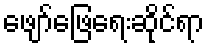
ဖျော်ဖြေရေးဆိုင်ရာ